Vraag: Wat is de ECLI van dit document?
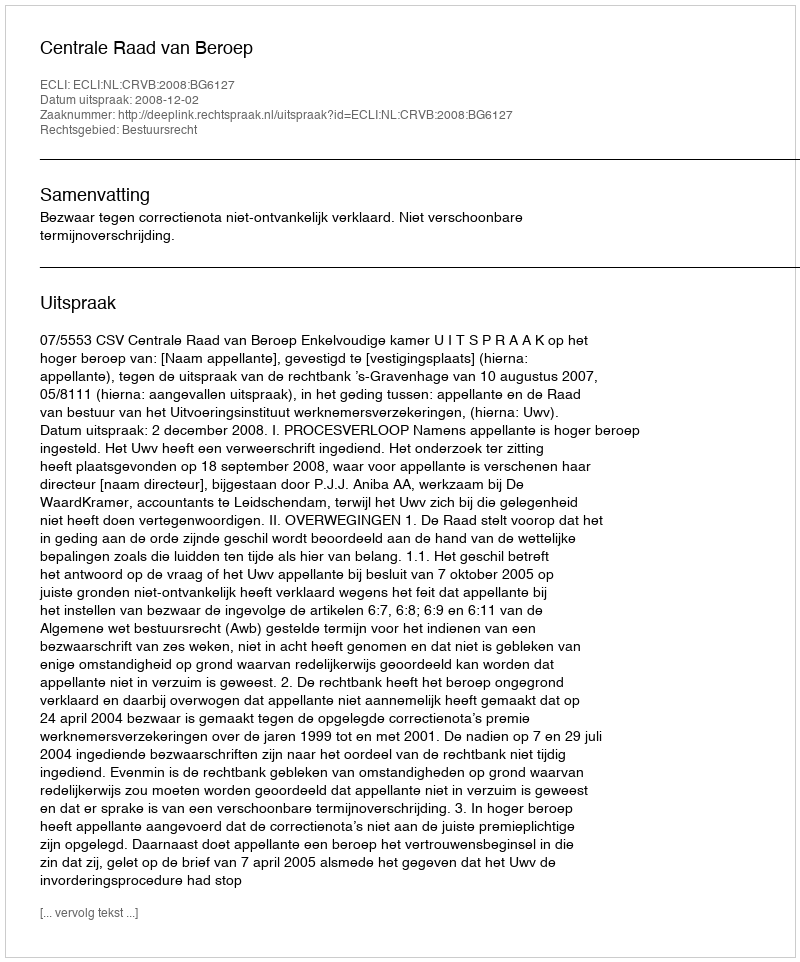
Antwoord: ECLI:NL:CRVB:2008:BG6127